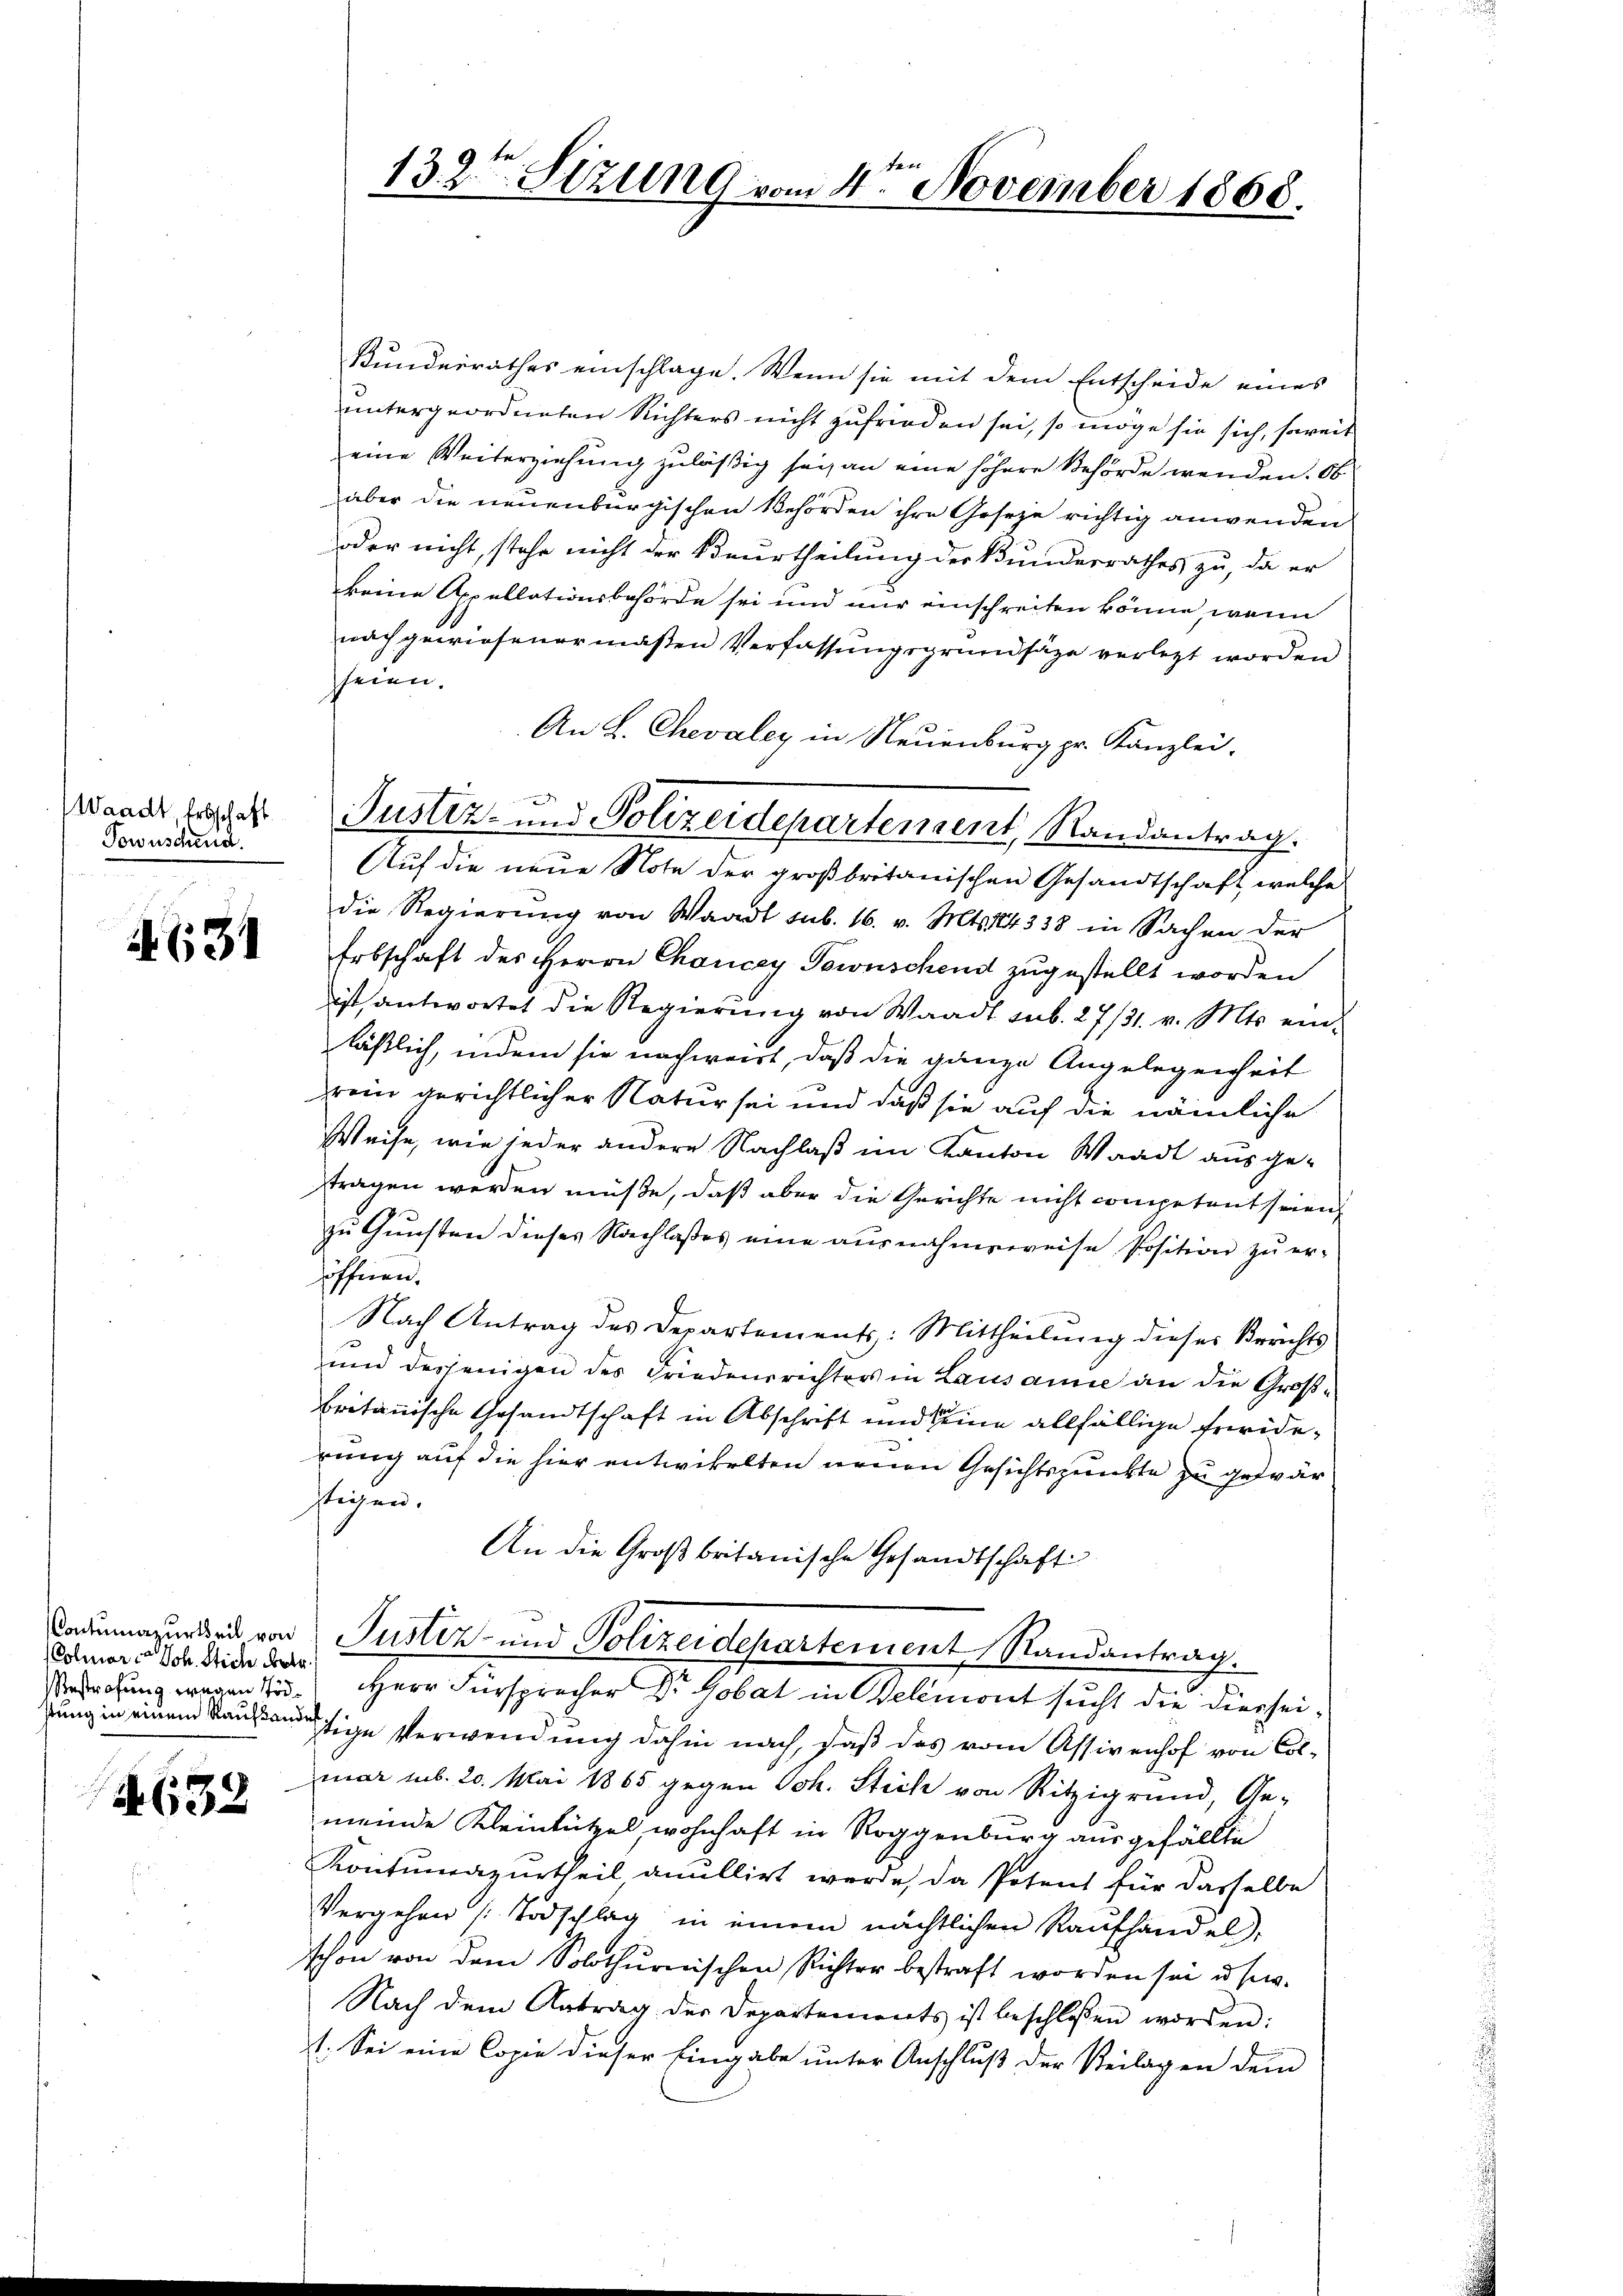
Waadt Erbschaft
Fowuschend.

4631

(Colmar Joh. Stich der

4632

Kundesrathes einschlage. Wenn sie mit dem Entscheide eines
untergeordneten Richters nicht zufrieden sei, so möge sie sich, soweit
eine Weiterziehung zuläßig sei, an eine höhere Behörde wenden. Ob
aber die neuenburgischen Behörden ihre Geseze richtig anwenden
oder nicht, stehe nicht der Beurtheilung der Bundesrathes zu, da er
keine Appellationsbehörde sei und nur einschreiten könne, wenn
nach gewiesenermaßen Verfassungsgrundsätze verletzt worden
seien.
An L. Chevaley in Neuenburg pr. Kanzlei.

Auf die neue Note der großbritanischen Gesandtschaft, welche
die Regierŭng von Waadt sub. 16. v. Mts. 14338 in Sachen der
Erbschaft des Herrn Chancey Townschend zugestellt worden
ist, antwortet die Regierung von Waadt sub. 27/31 v. Mts. einläßlich, indem sie nachweist, daß die ganze Angelegenheit
rein gerichtlicher Natur sei und daß sie auf die nämliche
Weise, wie jeder andere Nachlaß im Kanton Waadt ausge-
stragen werden müße, daß aber die Gerichte nicht competent seien
zŭ Gŭnsten dieses Nachlasses eine ausnahmsweise Position zŭ er-
öffnen.
Nach Antrag des Departements: Mittheilŭng dieses Berichts-
und desjenigen des Friedensrichters in Lausanne an die Großbritanische Gesandtschaft in Abschrift und seine allfällige Freiderung auf die hier entwickelten neuen Gesichtspunkte zu gewär
stichen.
An die Großbritanische Gesandtschaft

ladenazurteit von Justiz- und Polizeidepartement Randantrag.
Bedrohung wegen Tod. Herr Fürspracher Dr. Gobat in Belemont sucht die Dierheigung in einem Kausannige Verwendung dahin nach, daß das vom Assivenhof von Colmar mb. 20. Mai 1865 gegen Joh. Stich von Ritzigrund, Ge-
meinde Kleinlützel, wohnhaft in Roggenburg ausgefällte
Kontumazurtheil anullirt werde, da Petent für dasselbe
Vergehen Todschlag in einem nächtlichen Kaŭfhandel,
schon von dem Solothurnischen Richter bestraft worden sei u. s.
Nach dem Antrag der Departements ist beschlossen worden:
1. Sei eine Copie dieser Eingabe unter Anschluß der Steilagen dem

te
132. Sizung vom 4ten November 1868.

Justiz- und Polizeidepartement, Randantrag.